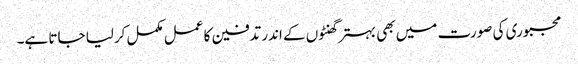
مجبوری کی صورت میں بھی بہتر گھنٹوں کے اندر تدفین کا عمل مکمل کرلیا جاتا ہے۔